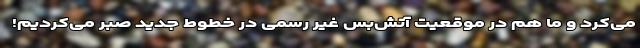
می‌کرد و ما هم در موقعیت آتش‌بس غیر رسمی در خطوط جدید صبر می‌کردیم!